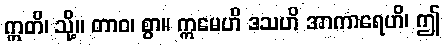
ဣတိ၊ သို့။ တာဝ၊ စွာ။ ဣမေဟိ ဒသဟိ အာကာရေဟိ၊ ဤ